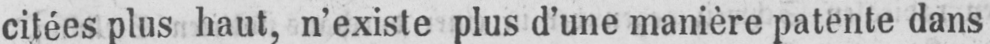
citées plus haut, n’existe plus d’une manière patente dans